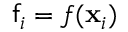
\mathsf { f } _ { i } = f ( \ensuremath { \mathbf { x } } _ { i } )